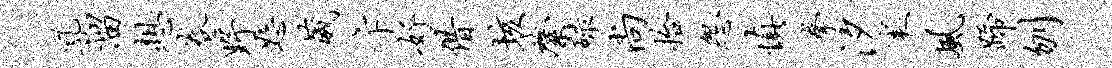
乳溜想卷野恕葳卞好借垓綮碌尚拾怨慎拳汐里风蹄刎